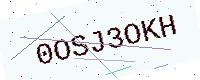
Text: 0OSJ3OKH